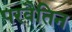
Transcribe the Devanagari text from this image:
परवैतिन